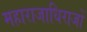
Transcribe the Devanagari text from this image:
महाराजाधिराजों